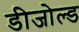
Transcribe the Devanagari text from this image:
डीजोल्ड